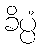
ခိပ္ပံ